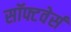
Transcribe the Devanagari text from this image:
सॉफ्टवेर्स